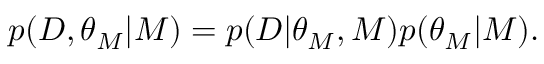
\begin{array} { r } { p ( D , \theta _ { M } | M ) = p ( D | \theta _ { M } , M ) p ( \theta _ { M } | M ) . } \end{array}